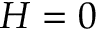
H = 0